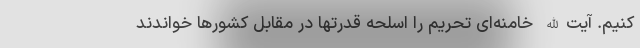
کنیم. آیت‌الله خامنه‌ای تحریم را اسلحه قدرتها در مقابل کشورها خواندند